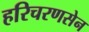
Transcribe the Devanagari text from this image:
हरिचरणसेन